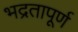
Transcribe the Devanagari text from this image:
भद्रतापूर्ण